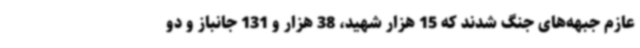
عازم جبهه‌های جنگ شدند که 15 هزار شهید، 38 هزار و 131 جانباز و دو